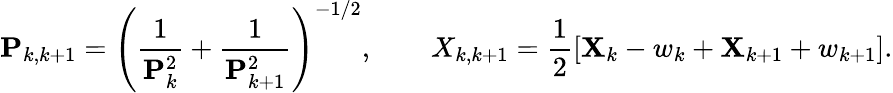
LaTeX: \mathbf{P}_{k,k+1}=\left(\frac{1}{\mathbf{P}_{k}^{2}}+\frac{1}{\mathbf{P}_{k+1}^{2}}\right)^{-1/2},\qquad X_{k,k+1}=\frac{1}{2}[\mathbf{X}_{k}-w_{k}+\mathbf{X}_{k+1}+w_{k+1}].